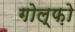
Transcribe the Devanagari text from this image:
गोल्फ़ो